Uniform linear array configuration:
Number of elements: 8
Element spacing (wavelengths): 1
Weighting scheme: kaiser
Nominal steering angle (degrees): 0
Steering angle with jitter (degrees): -1.017
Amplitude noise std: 0.05
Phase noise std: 0.05

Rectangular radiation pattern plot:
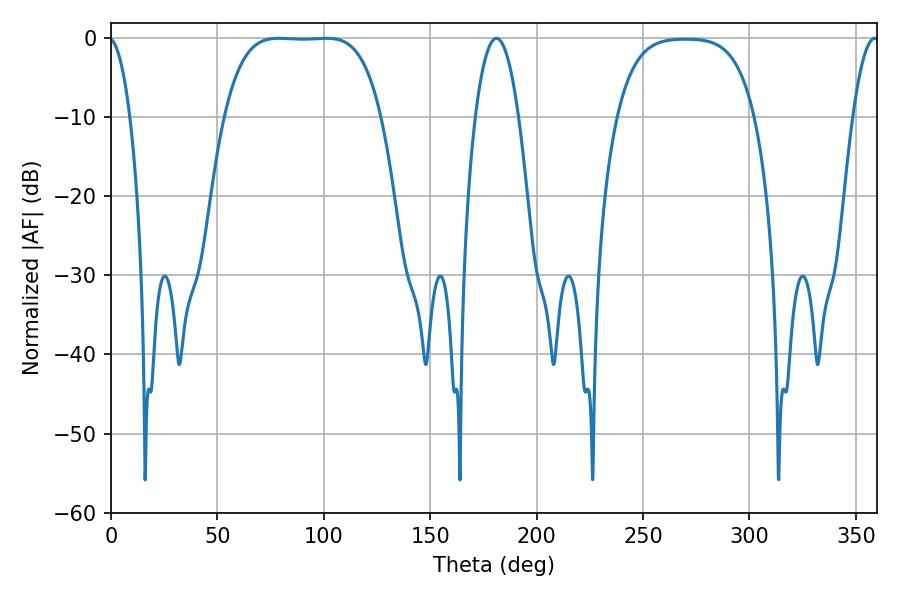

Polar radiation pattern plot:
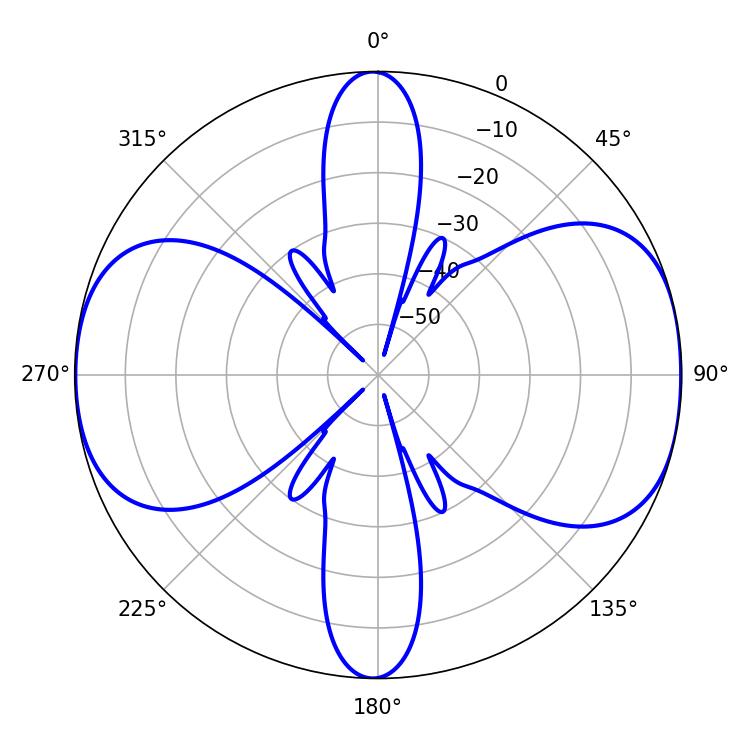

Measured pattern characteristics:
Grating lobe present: TRUE
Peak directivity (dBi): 10.488
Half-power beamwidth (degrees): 56.52
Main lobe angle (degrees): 78.66